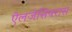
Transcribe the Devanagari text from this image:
ऐलजेसियरास